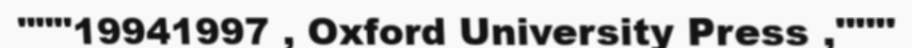
"""19941997 , Oxford University Press ,"""